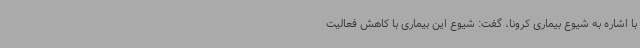
با اشاره به شیوع بیماری کرونا، گفت: شیوع این بیماری با کاهش فعالیت